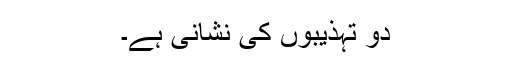
دو تہذیبوں کی نشانی ہے۔